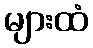
များထံ